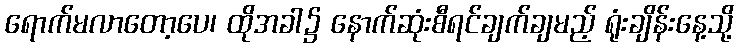
ရောက်မလာတော့ပေ၊ ထိုအခါ၌ နောက်ဆုံးစီရင်ချက်ချမည့် ရုံးချိန်းနေ့သို့